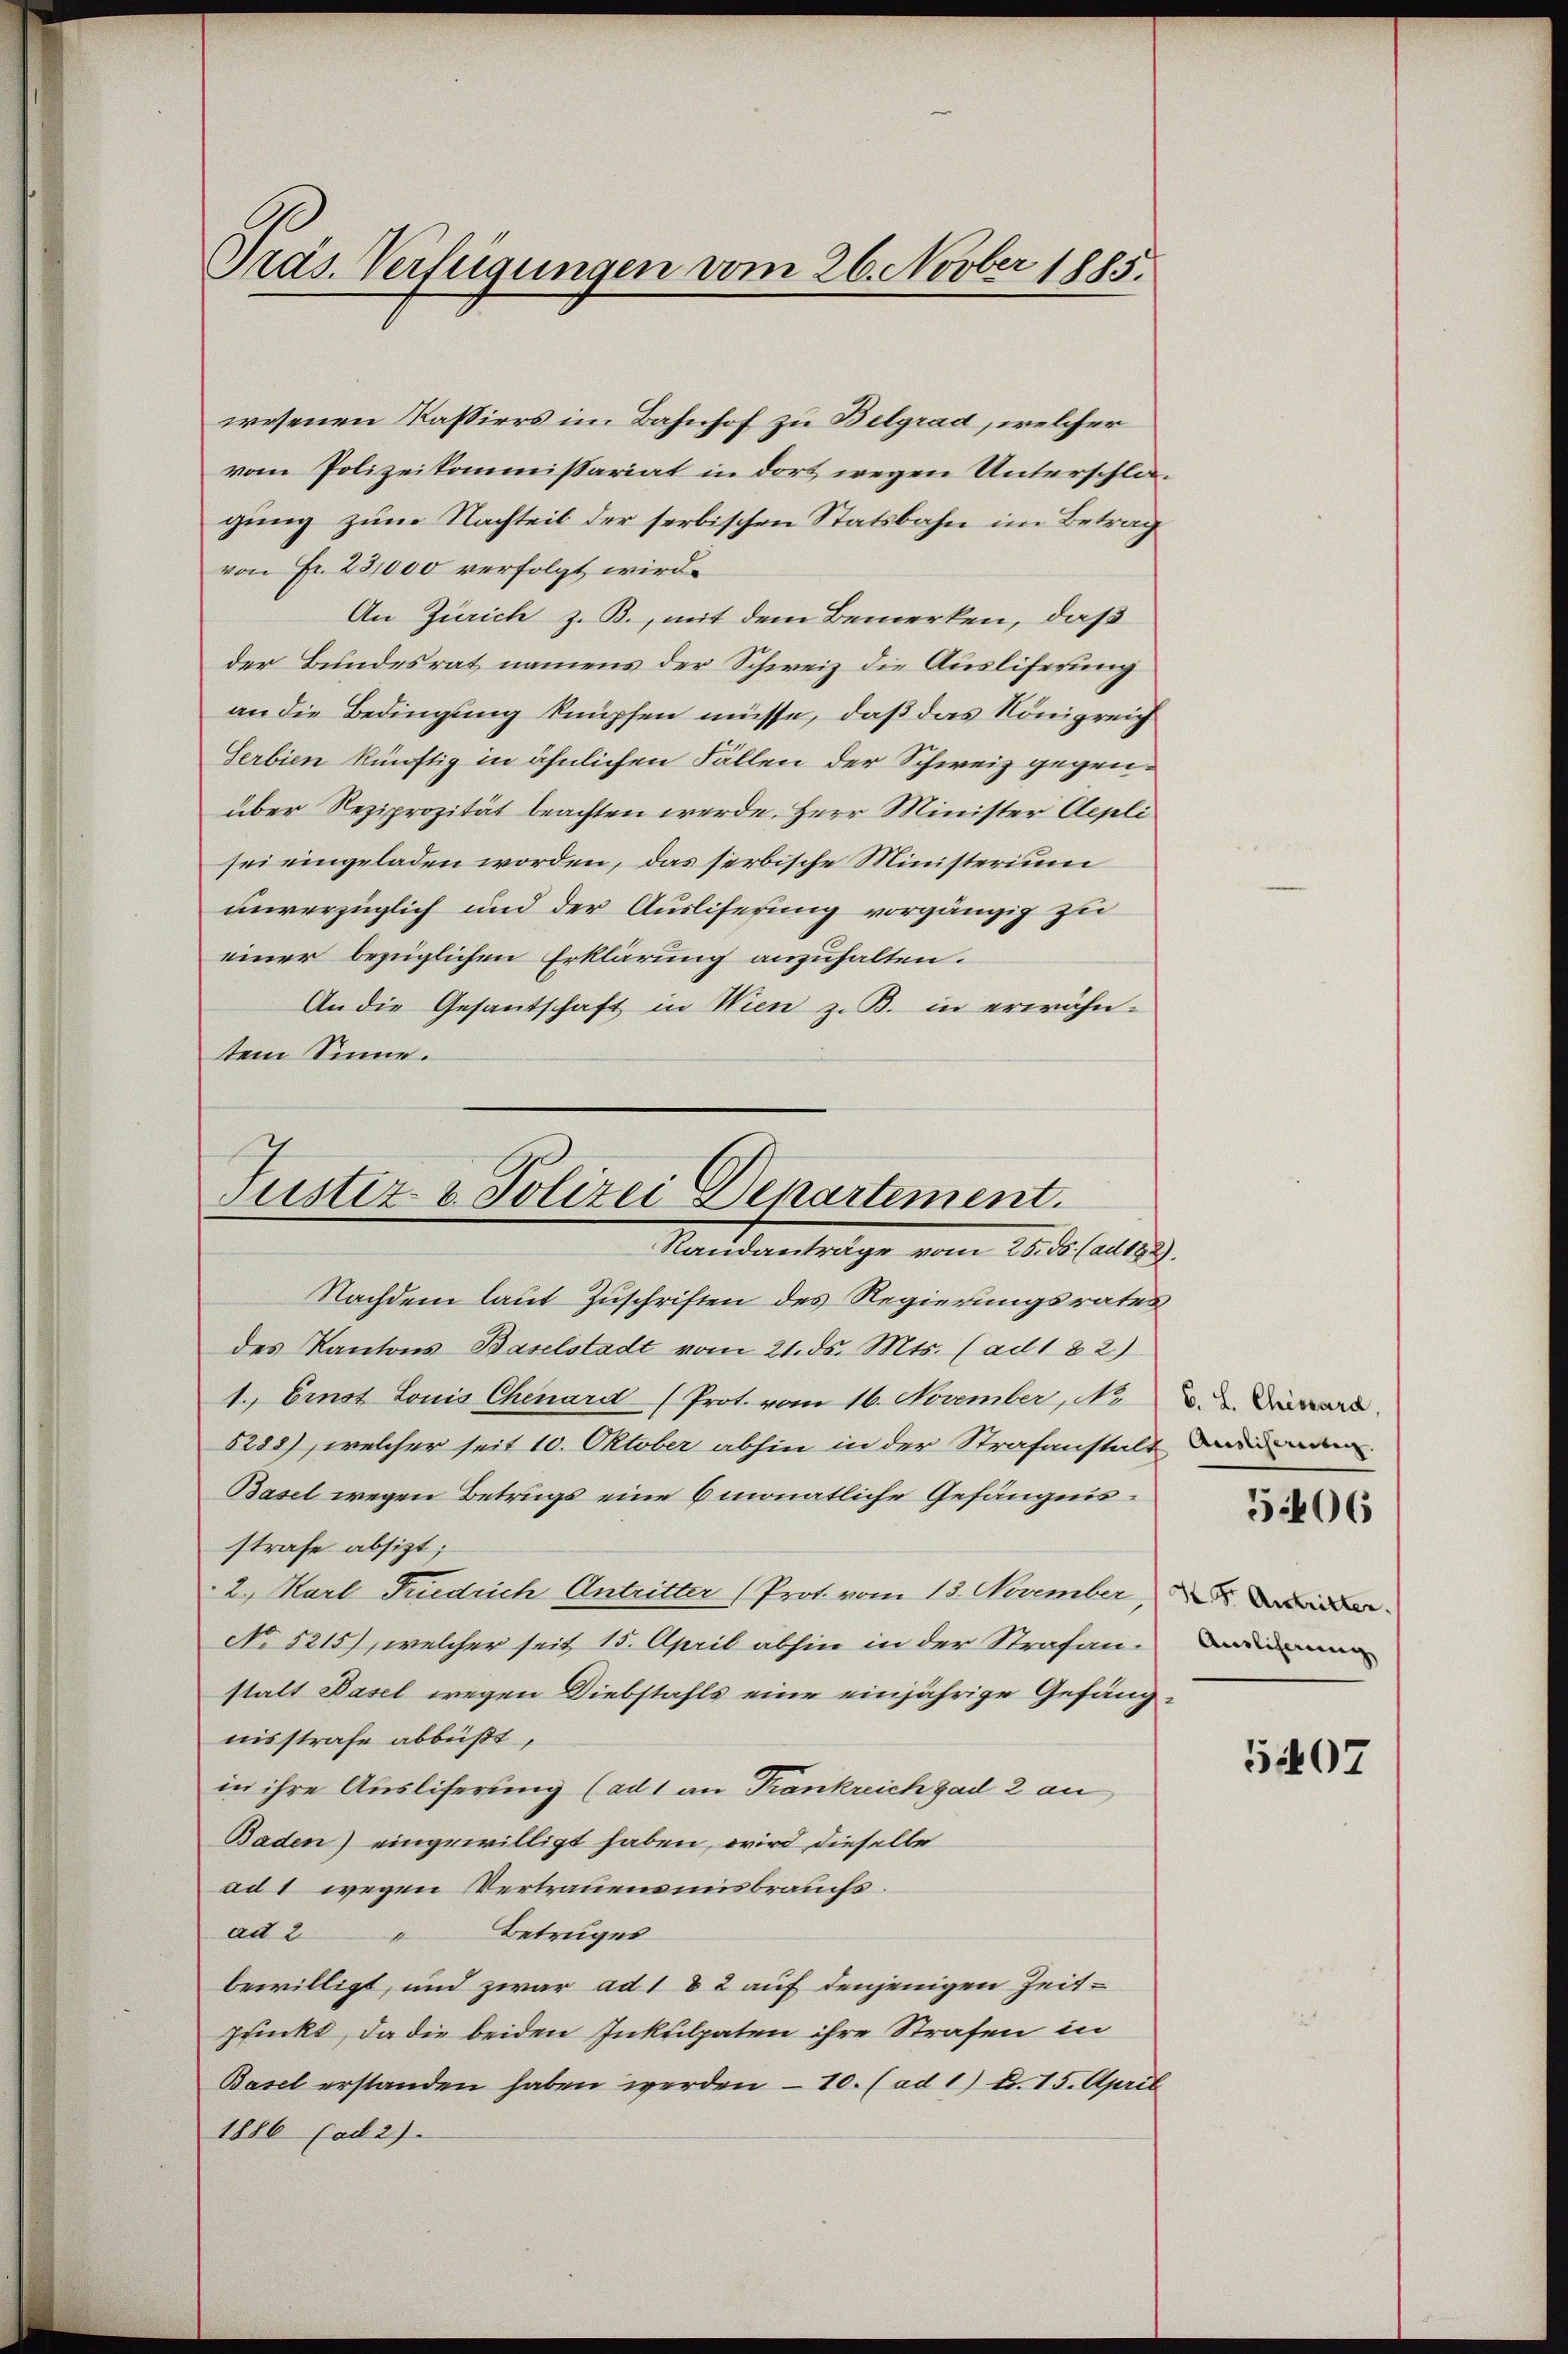
Präs. Verfügungen vom 26. Novber 1885.

Justiz- & Polizei Departement.
Randanträge vom 25. ds. (ad 182).

wesenen Kassiers im Bahnhof zu Belgrad, welcher
vom Polizeikommissariat in dort wegen Unterschlagung zum Nachteil der serbischen Statsbahn im Betrag
von Fr. 28,000 verfolgt wird.
An Zürich z. B., mit dem Bemerken, daß
der Bundesrat namens der Schweiz die Ausliferung
an die Bedingung knüpfen müsse, daß das Königreich
Serbien künftig in ähnlichen Fällen der Schweiz gegenüber Reziprozität beachten werde. Herr Minister Aepli
sei eingeladen worden, das serbische Ministerium
unverzüglich und der Ausliferung vorgängig zu
einer bezüglichen Erklärung anzuhalten.
An die Gesantschaft in Wien z. B. in erwähntem Sinne.
Nachdem laut Zuschriften des Regierungsrates
des Kantons Baselstadt vom 21. ds. Mts. (ad 182)
1. Ernst Louis Chenard (Prot. vom 16. November, No.
5285), welcher seit 10. Oktober abhin in der Strafanstalt
Basel wegen Betrugs eine 6monatliche Gefängnisstrafe absizt;
2. Karl Friedrich Antritter (Prot. vom 13. November
No 5215), welcher seit 15. April abhin in der Strafan-
stalt Basel wegen Diebstahls eine einjährige Gefängnisstrafe abbüßt,
in ihre Ausliferung (ad 1 an Frankreich ad 2 an
Baden) eingewilligt haben, wird dieselbe
ad 1 wegen Vertrauensmisbrauchs.
ad 2 " Betruges
bewilligt, und zwar ad 1 & 2 auf denjenigen Zeitpuickt, da die beiden Inkulpaten ihre Strafen in
Basel erstanden haben werden – 10. (ad 1) Fr. 15. April
1886 (ad 2).

6. L. Chisard,
Auslichereiten. |

506

K. Fr. Antritter.
Auslihnung

5407